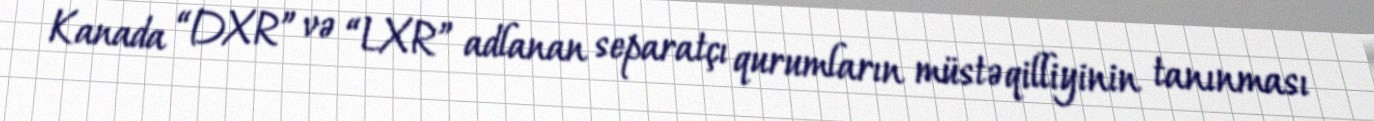
Kanada “DXR” və “LXR” adlanan separatçı qurumların müstəqilliyinin tanınması